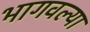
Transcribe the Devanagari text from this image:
भागवल्या